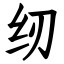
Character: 纫